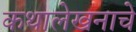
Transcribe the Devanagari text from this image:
कथालेखनाचे